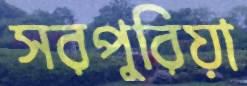
সরপুরিয়া